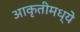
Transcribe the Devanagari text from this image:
आकृतीमध्ये